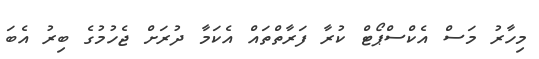
މިހާރު މަސް އެކްސްޕޯޓް ކުރާ ފަރާތްތައް އެކަމާ ދުރަށް ޖެހުމުގެ ބިރު އެބަ